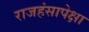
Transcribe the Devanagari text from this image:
राजहंसापेक्षा